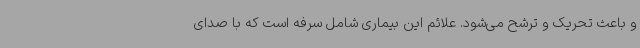
و باعث تحریک و ترشح می‌شود. علائم این بیماری شامل سرفه است که با صدای